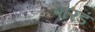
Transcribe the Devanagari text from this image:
पारडं